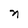
Character: n